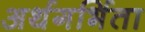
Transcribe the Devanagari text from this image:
अर्थगर्भिता